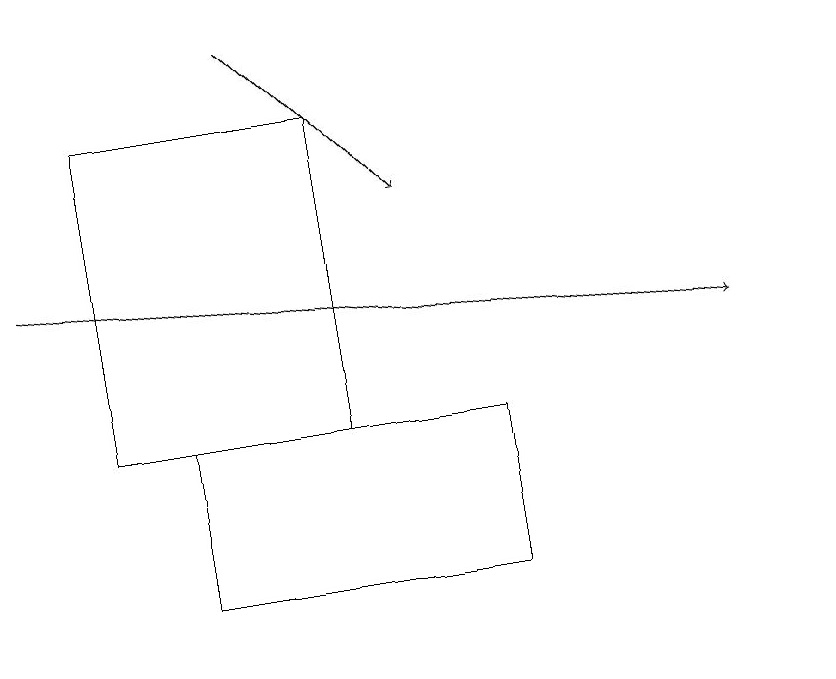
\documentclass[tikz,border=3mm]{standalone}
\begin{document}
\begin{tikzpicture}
\draw (2,14) rectangle (6,12);
\draw (4,18) rectangle (1,14);
\draw[->] (3,19) -- (5,17);
\draw (10,11) circle (0);
\draw[->] (0,16) -- (9,15);
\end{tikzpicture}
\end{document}